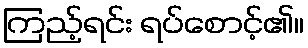
ကြည့်ရင်း ရပ်စောင့်၏။